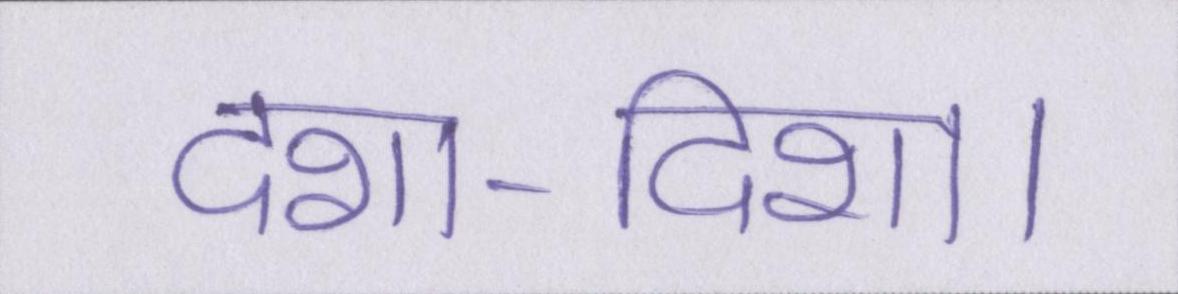
दशा-दिशा।